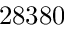
2 8 3 8 0